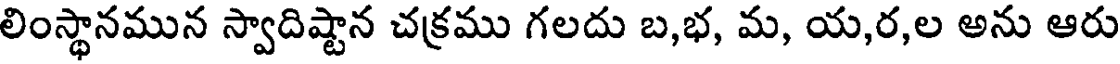
లింస్థానమున స్వాదిష్టాన చక్రము గలదు బ,భ, మ, య,ర,ల అను ఆరు